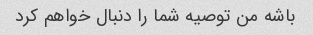
باشه من توصیه شما را دنبال خواهم کرد